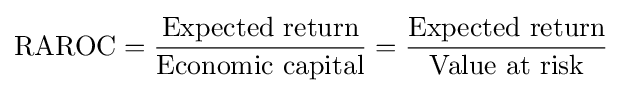
{\mbox{RAROC}}={{\mbox{Expected return}} \over {\mbox{Economic capital}}}={{\mbox{Expected return}} \over {\mbox{Value at risk}}}